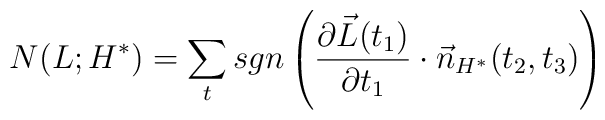
N(L; H^{*}) = \sum_{t} sgn \left( \frac{\partial \vec{L}(t_{1})}{\partial t_{1}}\cdot \vec{n}_{H^{*}}(t_{2}, t_{3}) \right)